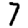
Digit: 7